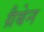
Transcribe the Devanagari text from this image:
ग्रैबेन